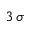
3 \, \sigma